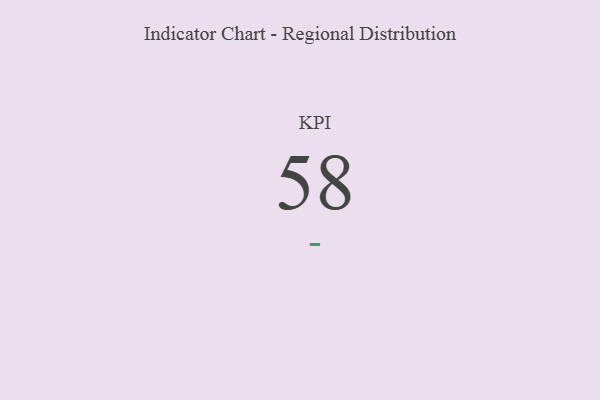
{"axis": {"x": "KPI", "y": "Value"}, "legend": [""], "data": [{"x": "KPI", "y": 58, "type": ""}]}